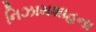
નિઝામશાહના